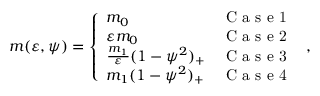
\begin{array} { r } { m ( { \varepsilon } , \psi ) = \left\{ \begin{array} { l l } { m _ { 0 } } & { \mathrm { ~ C ~ a ~ s ~ e ~ 1 ~ } } \\ { \varepsilon m _ { 0 } } & { \mathrm { ~ C ~ a ~ s ~ e ~ 2 ~ } } \\ { \frac { m _ { 1 } } { \varepsilon } ( 1 - \psi ^ { 2 } ) _ { + } } & { \mathrm { ~ C ~ a ~ s ~ e ~ 3 ~ } } \\ { m _ { 1 } ( 1 - \psi ^ { 2 } ) _ { + } } & { \mathrm { ~ C ~ a ~ s ~ e ~ 4 ~ } } \end{array} \right. \, , } \end{array}